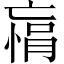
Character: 𫡾